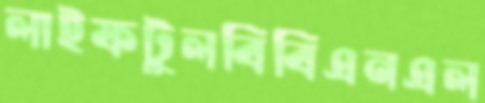
লাইফটুলবিবিএনএল